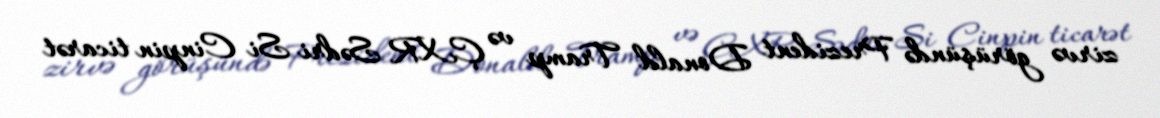
zirvə görüşündə Prezident Donald Tramp və ÇXR Sədri Si Cinpin ticarət